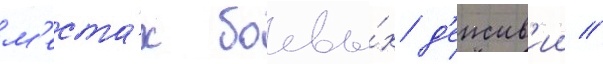
м'еста́х боевы́х д'еиств'ии //